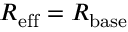
R _ { \mathrm { e f f } } = R _ { \mathrm { b a s e } }